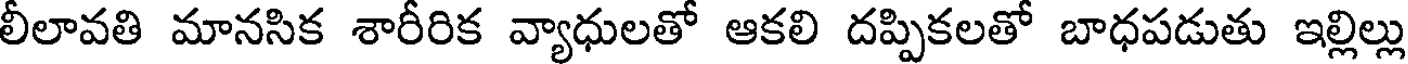
లీలావతి మానసిక శారీరిక వ్యాధులతో ఆకలి దప్పికలతో బాధపడుతు ఇల్లిల్లు